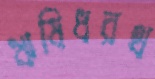
ঋষিধরথ